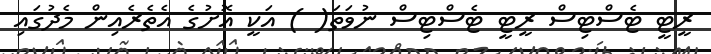
ރީޓީ ޓެސްޓިސް ރީޓީ ޓެސްޓިސް ނުވަތަ( ) އަކީ އޮށުގެ އެތެރެއިން މެދުގައި